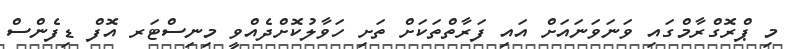
މި ޕްރޮގްރާމްގައި ވަނަވަނައަށް އައި ފަރާތްތަކަށް ތަށި ހަވާލުކޮށްދެއްވީ މިނިސްޓަރ އޮފް ޑިފެންސް